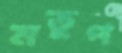
মতুপ